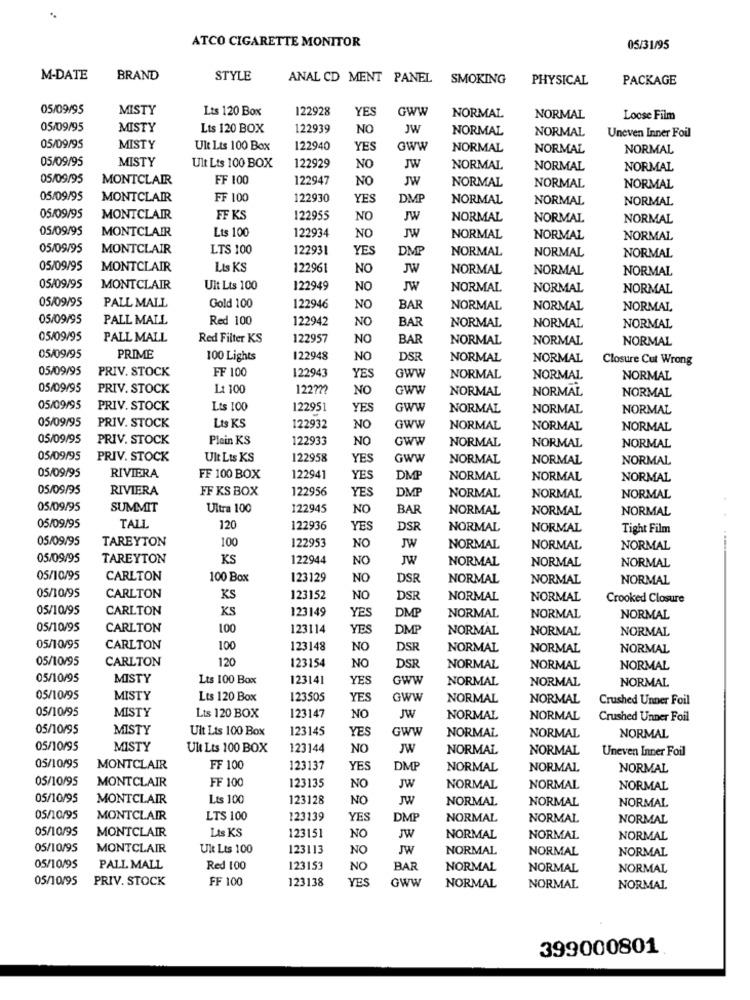
ATCO CIGARETTE MONITOR
05/31/95
M-DATE
BRAND
STYLE
ANAL CD MENT PANEL
SMOKING
PHYSICAL
PACKAGE
05/09/95
MISTY
Lts 120 Box
122928
YES
GWW
NORMAL
NORMAL
Loose Film
05/09/95
MISTY
Lts 120 BOX
122939
NO
JW
NORMAL
NORMAL
Uneven Inner Foil
05/09/95
MISTY
Ult Lts 100 Box
122940
YES
Gww
NORMAL
NORMAL
NORMAL
05/09/95
MISTY
Ult Lts 100 BOX
122929
NO
JW
NORMAL
NORMAL
NORMAL
05/09/95
MONTCLAIR
FF 100
122947
NO
JW
NORMAL
NORMAL
NORMAL
05/09/95
MONTCLAIR
FF 100
122930
YES
DME
NORMAL
NORMAL
NORMAL
05/09/95
MONTCLAIR
FF KS
122955
NO
JW
NORMAL
NORMAL
NORMAL
05/09/95
MONTCLAIR
Lts 100
JW
122934
NO
NORMAL
NORMAL
NORMAL
05/09/95
MONTCLAIR
LTS 100
122931
YES
DMP
NORMAL
NORMAL
NORMAL
05/09/95
MONTCLAIR
Lts KS
122961
NO
JW
NORMAL
NORMAL
NORMAL
05/09/95
MONTCLAIR
Uit Lts 100
122949
NO
JW
NORMAL
NORMAL
NORMAL
05/09/95
PALL MALL
Gold 100
122946
NO
BAR
NORMAL
NORMAL
NORMAL
05/09/95
PALL MALL
Red 100
122942
NO
BA
NORMAL
NORMAL
NORMAL
05/09/95
PALL MALL
Red Filter KS
122957
NO
BAR
NORMAL
NORMAL
NORMAL
05/09/95
PRIME
100 Lights
122948
NO
DSR
NORMAL
NORMAL
Closure Cut Wrong
05/09/95
PRIV. STOCK
FF 100
GWW
122943
YES
NORMAL
NORMAL
NORMAL
05/09/95
PRIV. STOCK
11 100
12272?
NO
GWW
NORMAL
NORMAL
NORMAL
05/09/95
PRIV. STOCK
Lts 100
122951
YES
GWW
NORMAL
NORMAL
NORMAL
05/09/95
PRIV. STOCK
Lts KS
122932
NO
GWW
NORMAL
NORMAL
NORMAL
05/09/95
PRIV. STOCK
Plain KS
122933
NO
GWW
NORMAL
NORMAL
NORMAL
05/09/95
PRIV. STOCK
Ult Lts KS
122958
YES
GWW
NORMAL
NORMAL
NORMAL
05/09/95
RIVIERA
FF 100 BOX
122941
YES
DMP
NORMAL
NORMAL
NORMAL
05/09/95
RIVIERA
FF KS BOX
122956
YES
NORMAL
NORMAL
DM
NORMAL
05/09/95
SUMMIT
Ultra 100
122945
NO
BAR
NORMAL
NORMAL
NORMAL
05/09/95
TALL
120
122936
YES
DSF
NORMAL
NORMAL
Tight Film
05/09/95
TAREYTON
100
122953
NO
JW
NORMAL
NORMAL
NORMAL
05/09/95
TAREYTON
KS
122944
NO
JW
NORMAL
NORMAL
NORMAL
05/10/95
CARLTON
100 Box
123129
NO
DSR
NORMAL
NORMAL
NORMAL
05/10/95
CARLTON
KS
123152
NO
DSR
NORMAL
NORMAL
Crooked Closure
05/10/95
CARLTON
KS
123149
YES
DM
NORMAL
NORMAL
NORMAL
05/10/95
CARLTON
100
123114
YES
DMP
NORMAL
NORMAL
NORMAL
05/10/95
CARLTON
100
123148
NO
DSR
NORMAL
NORMAL
NORMAL
05/10/95
CARLTON
120
123154
NO
DSR
NORMAL
NORMAL
NORMAL
05/10/95
MISTY
Lts 100 Box
123141
YES
GWW
NORMAL
NORMAL
NORMAL
05/10/95
MISTY
Lts 120 Box
123505
YES
GWW
NORMAL
NORMAL
Crushed Unner Foil
05/10/95
MISTY
Lts 120 BOX
123147
NO
JW
NORMAL
NORMAL
Crushed Unner Foil
05/10/95
MISTY
Uit Lts 100 Box
123145
GWW
NORMAL
YES
NORMAL
NORMAL
05/10/95
MISTY
Ult Lts 100 BOX
123144
NO
JW
NORMAL
NORMAL
Uneven Inner Foil
05/10/95
MONTCLAIR
FF 100
123137
YES
DMP
NORMAL
NORMAL
NORMAL
05/10/95
MONTCLAIR
FF 100
123135
NO
JW
NORMAL
NORMAL
NORMAL
05/10/95
MONTCLAIR
Lts 100
123128
NO
JW
NORMAL
NORMAL
NORMAL
05/10/95
MONTCLAIR
LTS 100
123139
YES
DMP
NORMAL
NORMAL
NORMAL
05/10/95
MONTCLAIR
Lts KS
123151
NO
JW
NORMAL
NORMAL
NORMAL
05/10/95
MONTCLAIR
Ult Lts 100
123113
NO
JW
NORMAL
NORMAL
NORMAL
05/10/95
PALL MALL
Red 100
123153
NO
BAR
NORMAL
NORMAL
NORMAL
05/10/95
PRIV. STOCK
FF 100
123138
YES
GWW
NORMAL
NORMAL
NORMAL
399000801